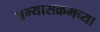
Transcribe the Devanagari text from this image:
अभ्यासक्रमच्या